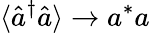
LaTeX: \langle\hat{a}^{\dagger}\hat{a}\rangle\rightarrow a^{\ast}a